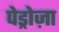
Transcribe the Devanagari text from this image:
पेड्रोज़ा